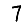
Digit: 7